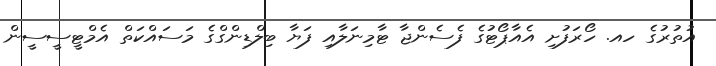
އުތުރުގެ ހއ. ހޯރަފުށި އެއާޕޯޓުގެ ފެސެންޖާ ޓާމިނަލާއި ފަޔާ ބިލްޑިންގްގެ މަސައްކަތް އެމްޓީސީސީން